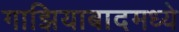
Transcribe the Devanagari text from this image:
गाझियाबादमध्ये